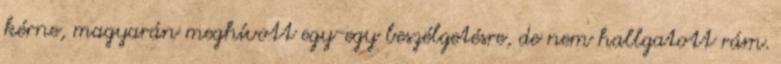
kérne, magyarán meghívott egy-egy beszélgetésre, de nem hallgatott rám.